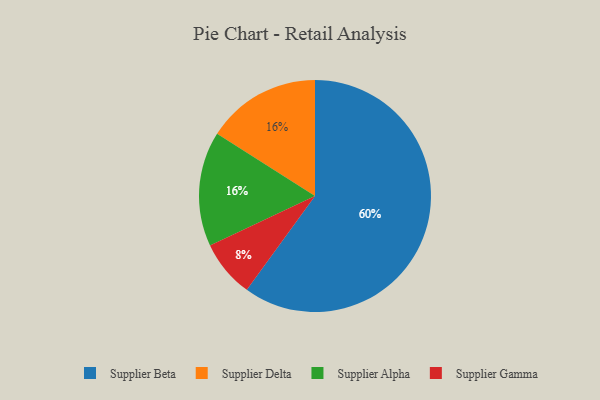
{"axis": {"x": "Category", "y": "Percentage"}, "legend": ["Supplier Alpha", "Supplier Beta", "Supplier Delta", "Supplier Gamma"], "data": [{"x": "Supplier Delta", "y": 16, "type": "Supplier Delta"}, {"x": "Supplier Beta", "y": 60, "type": "Supplier Beta"}, {"x": "Supplier Alpha", "y": 16, "type": "Supplier Alpha"}, {"x": "Supplier Gamma", "y": 8, "type": "Supplier Gamma"}]}